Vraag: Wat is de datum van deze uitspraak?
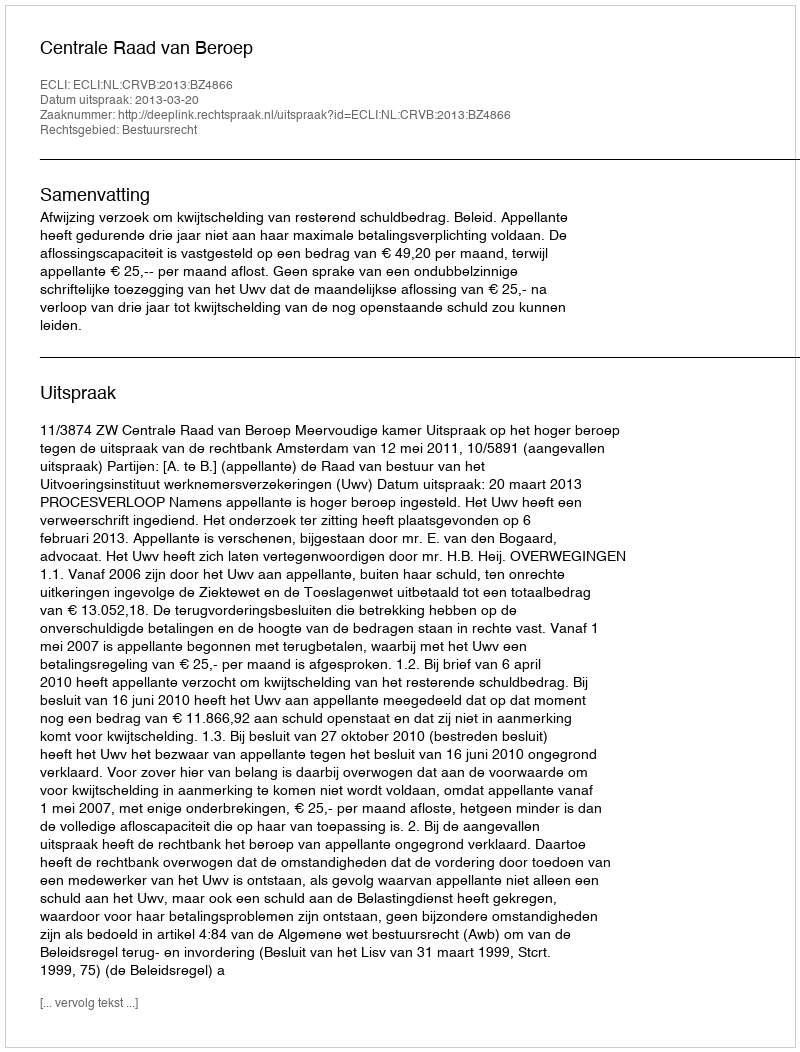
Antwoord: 2013-03-20